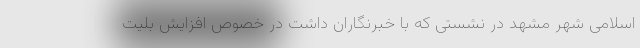
اسلامی شهر مشهد در نشستی که با خبرنگاران داشت در خصوص افزایش بلیت